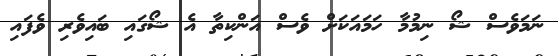
ނަމަވެސް ޝޯ ނިމުމާ ހަމައަކަށް ވެސް އަންކިތާ އެ ޝޯގައި ބައިވެރި ވެފައި